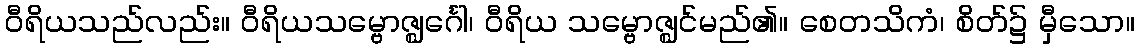
ဝီရိယသည်လည်း။ ဝီရိယသမ္ဗောဇ္ဈင်္ဂေါ၊ ဝီရိယ သမ္ဗောဇ္ဈင်မည်၏။ စေတသိကံ၊ စိတ်၌ မှီသော။